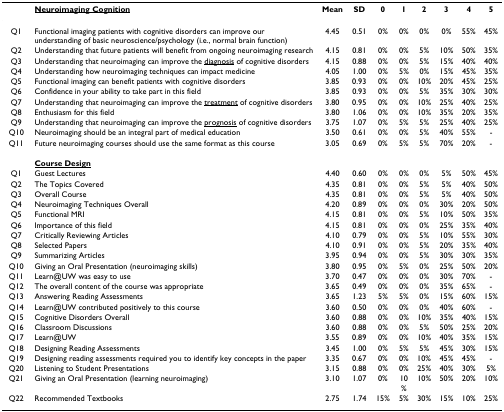
<table><thead><tr><td>[EMPTY_CELL]</td><td><b><underline>Neuroimaging Cognition</underline></b></td><td><b>Mean</b></td><td><b>SD</b></td><td><b>0</b></td><td><b>1</b></td><td><b>2</b></td><td><b>3</b></td><td><b>4</b></td><td><b>5</b></td></tr></thead><tbody><tr><td>Q1</td><td>Functional imaging patients with cognitive disorders can improve our understanding of basic neuroscience/psychology (i.e., normal brain function)</td><td>4.45</td><td>0.51</td><td>0%</td><td>0%</td><td>0%</td><td>0%</td><td>55%</td><td>45%</td></tr><tr><td>Q2</td><td>Understanding that future patients will benefit from ongoing neuroimaging research</td><td>4.15</td><td>0.81</td><td>0%</td><td>0%</td><td>5%</td><td>10%</td><td>50%</td><td>35%</td></tr><tr><td>Q3</td><td>Understanding that neuroimaging can improve the <underline>diagnosis</underline> of cognitive disorders</td><td>4.15</td><td>0.88</td><td>0%</td><td>0%</td><td>5%</td><td>15%</td><td>40%</td><td>40%</td></tr><tr><td>Q4</td><td>Understanding how neuroimaging techniques can impact medicine</td><td>4.05</td><td>1.00</td><td>0%</td><td>5%</td><td>0%</td><td>15%</td><td>45%</td><td>35%</td></tr><tr><td>Q5</td><td>Functional imaging can benefit patients with cognitive disorders</td><td>3.85</td><td>0.93</td><td>0%</td><td>0%</td><td>10%</td><td>20%</td><td>45%</td><td>25%</td></tr><tr><td>Q6</td><td>Confidence in your ability to take part in this field</td><td>3.85</td><td>0.93</td><td>0%</td><td>0%</td><td>5%</td><td>35%</td><td>30%</td><td>30%</td></tr><tr><td>Q7</td><td>Understanding that neuroimaging can improve the <underline>treatment</underline> of cognitive disorders</td><td>3.80</td><td>0.95</td><td>0%</td><td>0%</td><td>10%</td><td>25%</td><td>40%</td><td>25%</td></tr><tr><td>Q8</td><td>Enthusiasm for this field</td><td>3.80</td><td>1.06</td><td>0%</td><td>0%</td><td>10%</td><td>35%</td><td>20%</td><td>35%</td></tr><tr><td>Q9</td><td>Understanding that neuroimaging can improve the <underline>prognosis</underline> of cognitive disorders</td><td>3.75</td><td>1.07</td><td>0%</td><td>5%</td><td>5%</td><td>25%</td><td>40%</td><td>25%</td></tr><tr><td>Q10</td><td>Neuroimaging should be an integral part of medical education</td><td>3.50</td><td>0.61</td><td>0%</td><td>0%</td><td>5%</td><td>40%</td><td>55%</td><td>-</td></tr><tr><td>Q11</td><td>Future neuroimaging courses should use the same format as this course</td><td>3.05</td><td>0.69</td><td>0%</td><td>5%</td><td>5%</td><td>70%</td><td>20%</td><td>-</td></tr><tr><td>[EMPTY_CELL]</td><td><b><underline>Course Design</underline></b></td><td>[EMPTY_CELL]</td><td>[EMPTY_CELL]</td><td>[EMPTY_CELL]</td><td>[EMPTY_CELL]</td><td>[EMPTY_CELL]</td><td>[EMPTY_CELL]</td><td>[EMPTY_CELL]</td><td>[EMPTY_CELL]</td></tr><tr><td>Q1</td><td>Guest Lectures</td><td>4.40</td><td>0.60</td><td>0%</td><td>0%</td><td>0%</td><td>5%</td><td>50%</td><td>45%</td></tr><tr><td>Q2</td><td>The Topics Covered</td><td>4.35</td><td>0.81</td><td>0%</td><td>0%</td><td>5%</td><td>5%</td><td>40%</td><td>50%</td></tr><tr><td>Q3</td><td>Overall Course</td><td>4.35</td><td>0.81</td><td>0%</td><td>0%</td><td>5%</td><td>5%</td><td>40%</td><td>50%</td></tr><tr><td>Q4</td><td>Neuroimaging Techniques Overall</td><td>4.20</td><td>0.89</td><td>0%</td><td>0%</td><td>0%</td><td>30%</td><td>20%</td><td>50%</td></tr><tr><td>Q5</td><td>Functional MRI</td><td>4.15</td><td>0.81</td><td>0%</td><td>0%</td><td>5%</td><td>10%</td><td>50%</td><td>35%</td></tr><tr><td>Q6</td><td>Importance of this field</td><td>4.15</td><td>0.81</td><td>0%</td><td>0%</td><td>0%</td><td>25%</td><td>35%</td><td>40%</td></tr><tr><td>Q7</td><td>Critically Reviewing Articles</td><td>4.10</td><td>0.79</td><td>0%</td><td>0%</td><td>5%</td><td>10%</td><td>55%</td><td>30%</td></tr><tr><td>Q8</td><td>Selected Papers</td><td>4.10</td><td>0.91</td><td>0%</td><td>0%</td><td>5%</td><td>20%</td><td>35%</td><td>40%</td></tr><tr><td>Q9</td><td>Summarizing Articles</td><td>3.95</td><td>0.94</td><td>0%</td><td>0%</td><td>5%</td><td>30%</td><td>30%</td><td>35%</td></tr><tr><td>Q10</td><td>Giving an Oral Presentation (neuroimaging skills)</td><td>3.80</td><td>0.95</td><td>0%</td><td>5%</td><td>0%</td><td>25%</td><td>50%</td><td>20%</td></tr><tr><td>Q11</td><td>Learn@UW was easy to use</td><td>3.70</td><td>0.47</td><td>0%</td><td>0%</td><td>0%</td><td>30%</td><td>70%</td><td>-</td></tr><tr><td>Q12</td><td>The overall content of the course was appropriate</td><td>3.65</td><td>0.49</td><td>0%</td><td>0%</td><td>0%</td><td>35%</td><td>65%</td><td>-</td></tr><tr><td>Q13</td><td>Answering Reading Assessments</td><td>3.65</td><td>1.23</td><td>5%</td><td>5%</td><td>0%</td><td>15%</td><td>60%</td><td>15%</td></tr><tr><td>Q14</td><td>Learn@UW contributed positively to this course</td><td>3.60</td><td>0.50</td><td>0%</td><td>0%</td><td>0%</td><td>40%</td><td>60%</td><td>-</td></tr><tr><td>Q15</td><td>Cognitive Disorders Overall</td><td>3.60</td><td>0.88</td><td>0%</td><td>0%</td><td>10%</td><td>35%</td><td>40%</td><td>15%</td></tr><tr><td>Q16</td><td>Classroom Discussions</td><td>3.60</td><td>0.88</td><td>0%</td><td>0%</td><td>5%</td><td>50%</td><td>25%</td><td>20%</td></tr><tr><td>Q17</td><td>Learn@UW</td><td>3.55</td><td>0.89</td><td>0%</td><td>0%</td><td>10%</td><td>40%</td><td>35%</td><td>15%</td></tr><tr><td>Q18</td><td>Designing Reading Assessments</td><td>3.45</td><td>1.00</td><td>0%</td><td>5%</td><td>5%</td><td>45%</td><td>30%</td><td>15%</td></tr><tr><td>Q19</td><td>Designing reading assessments required you to identify key concepts in the paper</td><td>3.35</td><td>0.67</td><td>0%</td><td>0%</td><td>10%</td><td>45%</td><td>45%</td><td>-</td></tr><tr><td>Q20</td><td>Listening to Student Presentations</td><td>3.15</td><td>0.88</td><td>0%</td><td>0%</td><td>25%</td><td>40%</td><td>30%</td><td>5%</td></tr><tr><td>Q21</td><td>Giving an Oral Presentation (learning neuroimaging)</td><td>3.10</td><td>1.07</td><td>0%</td><td>10%</td><td>10%</td><td>50%</td><td>20%</td><td>10%</td></tr><tr><td>Q22</td><td>Recommended Textbooks</td><td>2.75</td><td>1.74</td><td>15%</td><td>5%</td><td>30%</td><td>15%</td><td>10%</td><td>25%</td></tr></tbody></table>